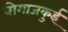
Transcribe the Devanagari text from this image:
बोगाजकुई